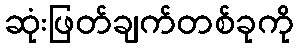
ဆုံးဖြတ်ချက်တစ်ခုကို